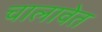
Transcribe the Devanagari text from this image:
चालावेत